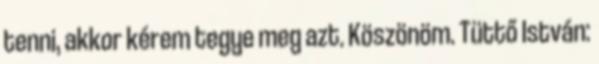
tenni, akkor kérem tegye meg azt. Köszönöm. Tüttő István: